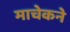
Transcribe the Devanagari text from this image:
माचेकने